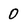
Character: 0